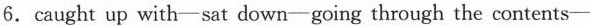
6. caught up with—sat down—going through the contents—